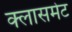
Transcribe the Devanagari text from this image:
क्लासमेट